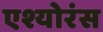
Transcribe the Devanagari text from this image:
एश्योरंस